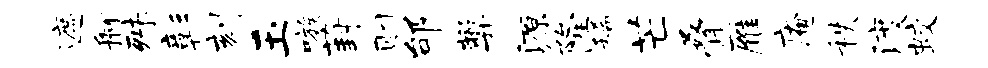
遮舸殊彰刻玉嗾葑则邰弊源隆稀芒叠雁庵秩渡蛟